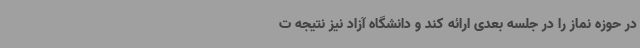
در حوزه نماز را در جلسه بعدی ارائه کند و دانشگاه آزاد نیز نتیجه ت